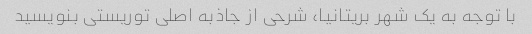
با توجه به یک شهر بریتانیا، شرحی از جاذبه اصلی توریستی بنویسید